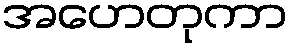
အဟေတုကာ